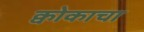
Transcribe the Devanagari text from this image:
क्वोकाचा